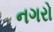
નગરો